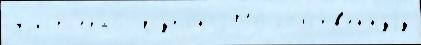
Уjистл'ера6 Лоутон 2016 со́бств'еннуjу